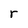
Character: r